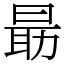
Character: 朂